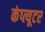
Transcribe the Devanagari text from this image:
कंप्त्यूटर